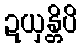
ဍယှန္တိပိ